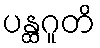
ပန္ထဂူတိ